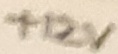
Text: +12V